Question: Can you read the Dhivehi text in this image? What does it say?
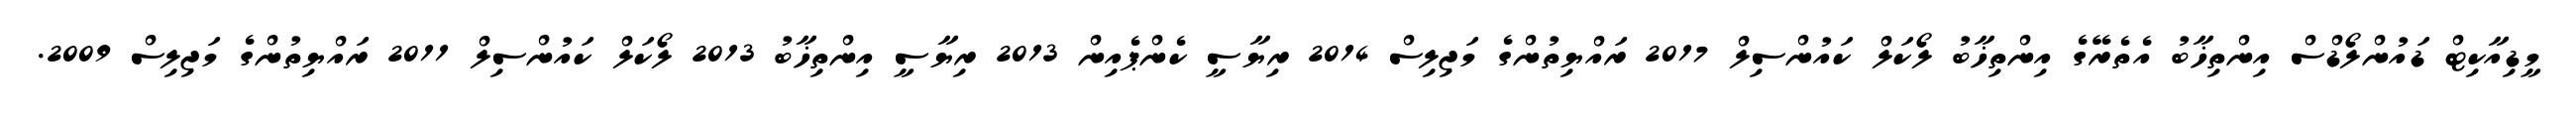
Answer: މީޑިއާކިޓް ޑައުންލޯޑްސް އިންތިޚާބު އެތެރޭގެ އިންތިޚާބު ލޯކަލް ކައުންސިލް 2017 ރައްޔިތުންގެ މަޖިލިސް 2014 ރިޔާސީ ކެންޕެއިން 2013 ރިޔާސީ އިންތިޚާބު 2013 ލޯކަލް ކައުންސިލް 2011 ރައްޔިތުންގެ މަޖިލިސް 2009.